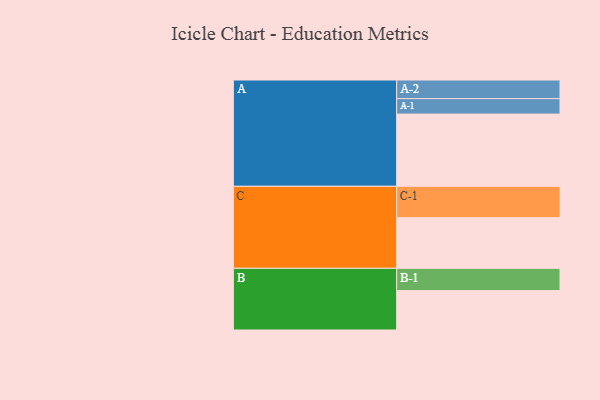
{"axis": {"x": "Segment", "y": "Value"}, "legend": ["", "A", "B", "C"], "data": [{"x": "A", "y": 555, "type": ""}, {"x": "B", "y": 303, "type": ""}, {"x": "C", "y": 389, "type": ""}, {"x": "A-1", "y": 119, "type": "A"}, {"x": "A-2", "y": 143, "type": "A"}, {"x": "B-1", "y": 171, "type": "B"}, {"x": "C-1", "y": 241, "type": "C"}]}